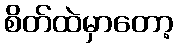
စိတ်ထဲမှာတော့